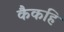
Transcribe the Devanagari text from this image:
कैकहि